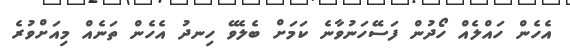
އެހެން ހައްލެއް ހޯދުން ފަސޭހަނުވާނެ ކަމަށް ބެލެވޭ ހިނދު އެހެން ތަނެއް މިއަށްވުރެ